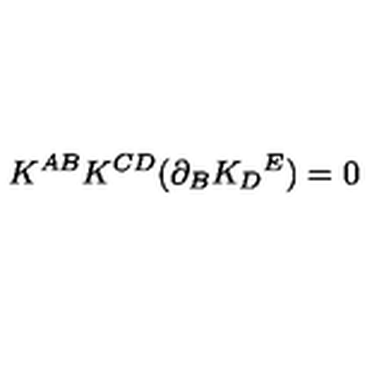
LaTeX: K ^ { A B } K ^ { C D } ( \partial _ { B } K _ { D } { } ^ { E } ) = 0